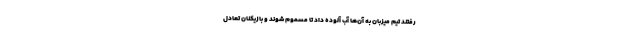
رفتند تیم میزبان به آن‌ها آب آلوده داد تا مسموم شوند و بازیکنان تعادل